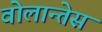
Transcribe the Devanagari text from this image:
वोलान्तेस